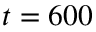
t = 6 0 0